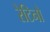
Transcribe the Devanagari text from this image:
रेटिनो